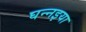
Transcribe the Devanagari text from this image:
घन्नइया